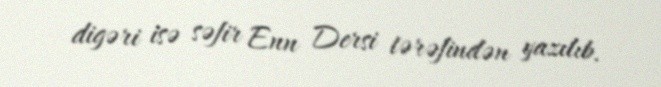
digəri isə səfir Enn Dersi tərəfindən yazılıb.